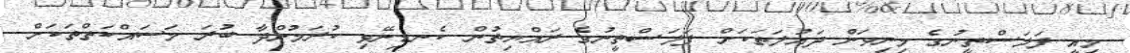
މިއީ ފަލަސްތީނުގެ މިނިވަން ދައުލަތަކަށް ފަލަސްތީނުގެ ރައްޔިތުން ކެނޑިނޭޅި ކުރަމުންދާ ބުރަ މަސައްކަތްތަކަށް